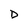
Character: D